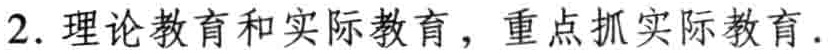
2. 理论教育和实际教育，重点抓实际教育.